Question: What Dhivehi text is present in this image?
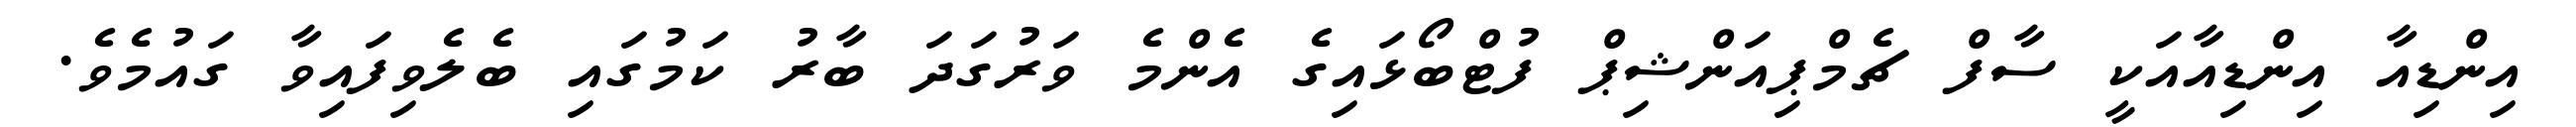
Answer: އިންޑިއާ އިންޑިއާއަކީ ސާފް ޗެމްޕިއަންޝިޕް ފުޓްބޯޅައިގެ އެންމެ ވަރުގަދަ ބާރު ކަމުގައި ބެލެވިފައިވާ ގައުމެވެ.